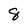
Character: 8